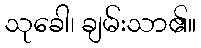
သုခေါ၊ ချမ်းသာ၏။